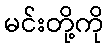
မင်းတို့ကို